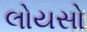
લોયસો